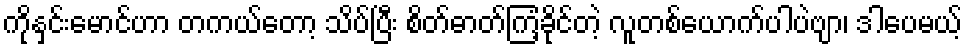
ကိုနှင်းမောင်ဟာ တကယ်တော့ သိပ်ပြီး စိတ်ဓာတ်ကြံ့ခိုင်တဲ့ လူတစ်ယောက်ပါပဲဗျာ၊ ဒါပေမယ့်